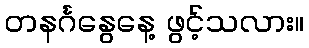
တနင်္ဂနွေနေ့ ဖွင့်သလား။